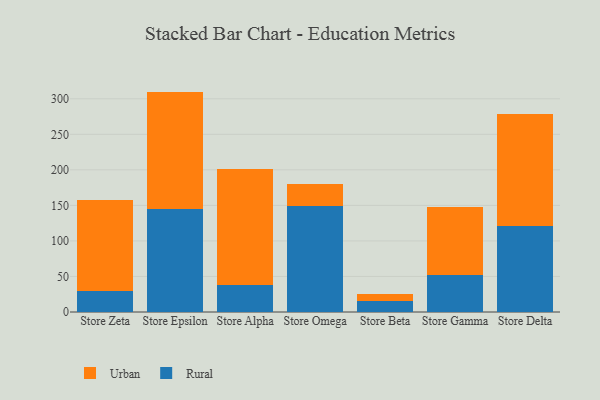
{"axis": {"x": "Store", "y": "Energy Usage (MWh)"}, "legend": ["Rural", "Urban"], "data": [{"x": "Store Zeta", "y": 29.5, "type": "Rural"}, {"x": "Store Zeta", "y": 127.8, "type": "Urban"}, {"x": "Store Epsilon", "y": 144.4, "type": "Rural"}, {"x": "Store Epsilon", "y": 165.7, "type": "Urban"}, {"x": "Store Alpha", "y": 37.4, "type": "Rural"}, {"x": "Store Alpha", "y": 164.5, "type": "Urban"}, {"x": "Store Omega", "y": 149.7, "type": "Rural"}, {"x": "Store Omega", "y": 31.0, "type": "Urban"}, {"x": "Store Beta", "y": 14.9, "type": "Rural"}, {"x": "Store Beta", "y": 10.4, "type": "Urban"}, {"x": "Store Gamma", "y": 52.7, "type": "Rural"}, {"x": "Store Gamma", "y": 94.6, "type": "Urban"}, {"x": "Store Delta", "y": 121.6, "type": "Rural"}, {"x": "Store Delta", "y": 157.2, "type": "Urban"}]}